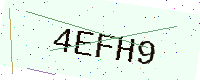
Text: 4EFH9